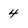
Character: 4